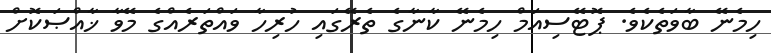
ހިމެނޭ ބާވަތެކެވެ. ޕޮޓޭސިއަމް ހިމެނޭ ކާނާގެ ތެރޭގައި ހުރިހާ ވައްތަރެއްގެ މޭވާ ޚާއްޞަކޮށް